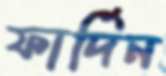
ফার্দিন